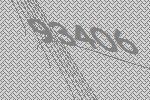
93406